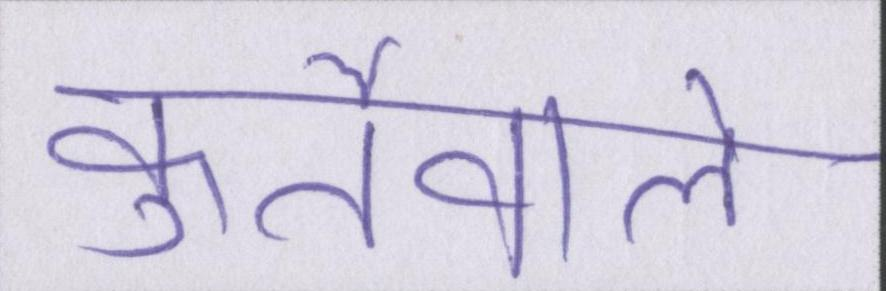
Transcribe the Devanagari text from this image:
कुर्तेवाले